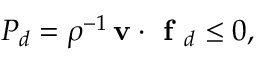
P _ { d } = \rho ^ { - 1 } \, \mathbf { v } \cdot \textbf { f } _ { d } \leq 0 ,